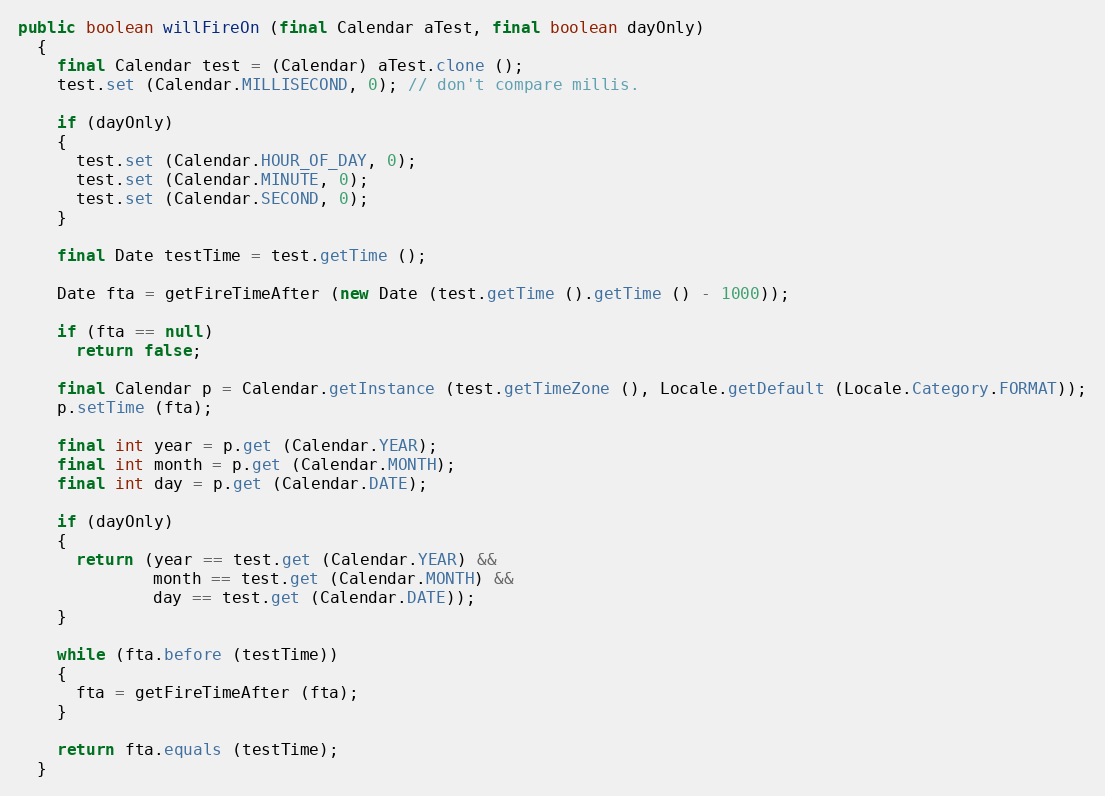
Language: Java
public boolean willFireOn (final Calendar aTest, final boolean dayOnly)
  {
    final Calendar test = (Calendar) aTest.clone ();
    test.set (Calendar.MILLISECOND, 0); // don't compare millis.

    if (dayOnly)
    {
      test.set (Calendar.HOUR_OF_DAY, 0);
      test.set (Calendar.MINUTE, 0);
      test.set (Calendar.SECOND, 0);
    }

    final Date testTime = test.getTime ();

    Date fta = getFireTimeAfter (new Date (test.getTime ().getTime () - 1000));

    if (fta == null)
      return false;

    final Calendar p = Calendar.getInstance (test.getTimeZone (), Locale.getDefault (Locale.Category.FORMAT));
    p.setTime (fta);

    final int year = p.get (Calendar.YEAR);
    final int month = p.get (Calendar.MONTH);
    final int day = p.get (Calendar.DATE);

    if (dayOnly)
    {
      return (year == test.get (Calendar.YEAR) &&
              month == test.get (Calendar.MONTH) &&
              day == test.get (Calendar.DATE));
    }

    while (fta.before (testTime))
    {
      fta = getFireTimeAfter (fta);
    }

    return fta.equals (testTime);
  }